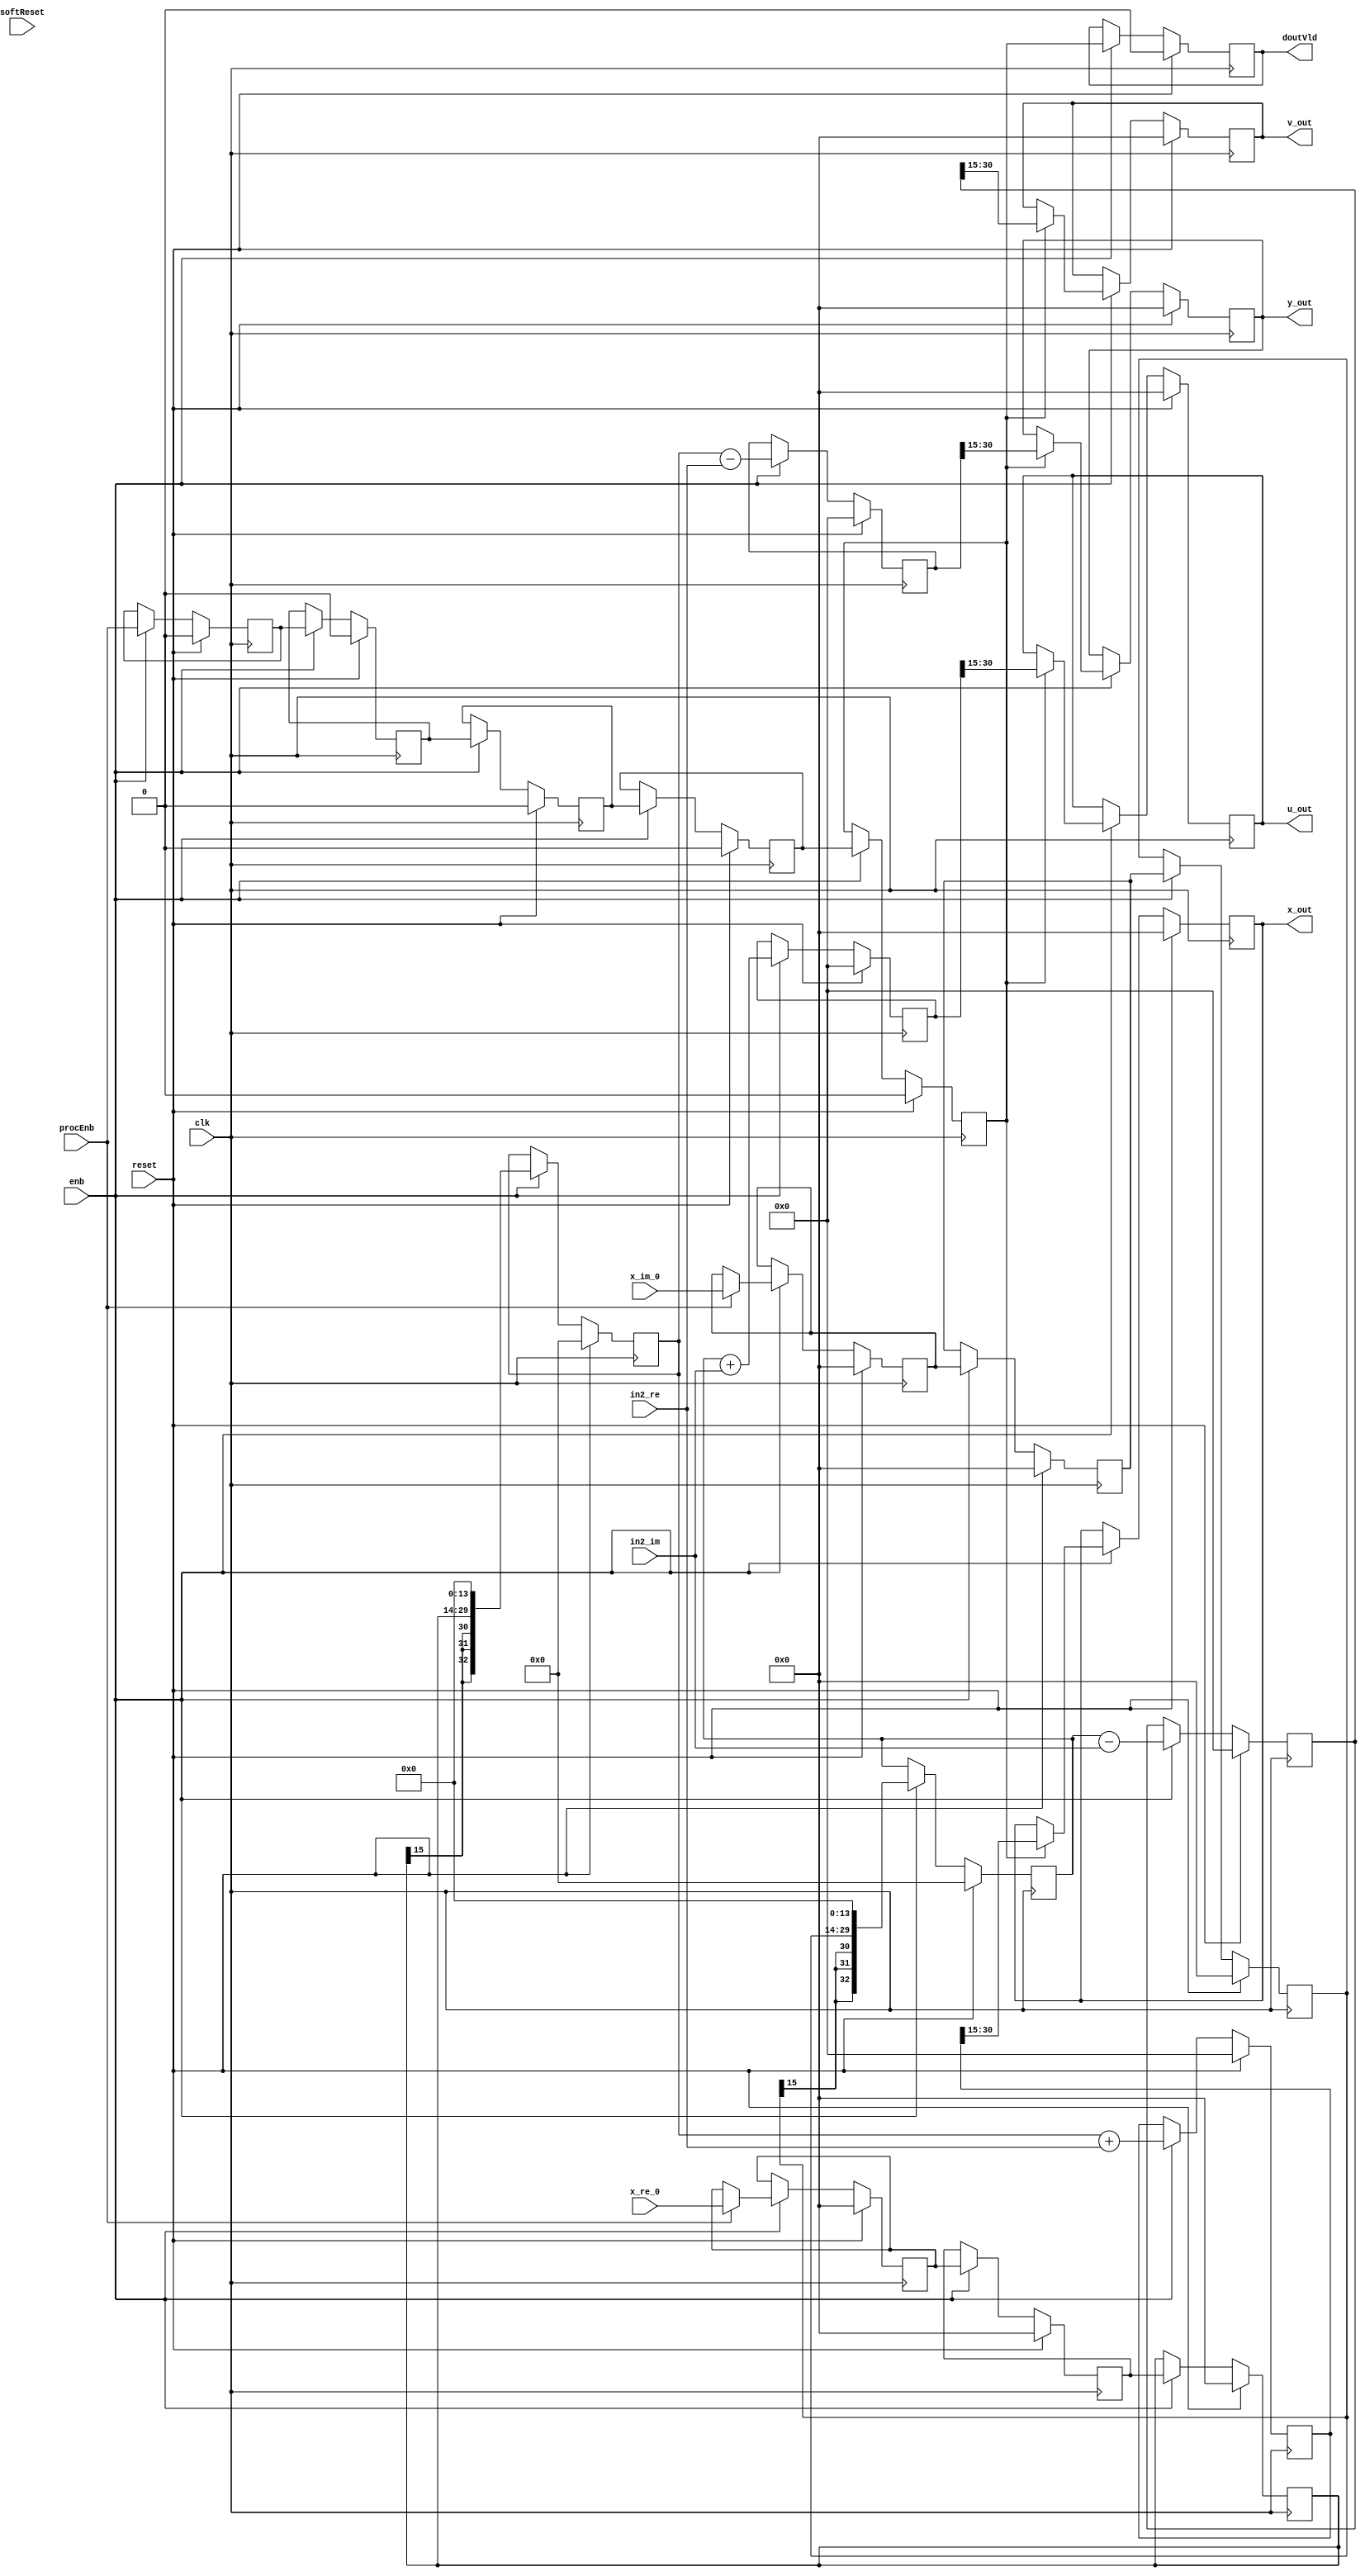
// -------------------------------------------------------------
// 
// 
// Generated by MATLAB 8.5 and HDL Coder 3.6
// 
// -------------------------------------------------------------


// -------------------------------------------------------------
// 
// Module: Radix2ButterlyF_block1
// Source Path: fft_st/fft_st/FFT HDL Optimized/RADIX2FFT_KernelF_3/Radix2ButterlyF
// Hierarchy Level: 3
// 
// -------------------------------------------------------------

`timescale 1 ns / 1 ns

module Radix2ButterlyF_block1
          (
           clk,
           reset,
           enb,
           x_re_0,
           in2_re,
           x_im_0,
           in2_im,
           procEnb,
           softReset,
           x_out,
           u_out,
           y_out,
           v_out,
           doutVld
          );


  input   clk;
  input   reset;
  input   enb;
  input   signed [15:0] x_re_0;  // sfix16
  input   signed [32:0] in2_re;  // sfix33_En14
  input   signed [15:0] x_im_0;  // sfix16
  input   signed [32:0] in2_im;  // sfix33_En14
  input   procEnb;
  input   softReset;
  output  signed [15:0] x_out;  // sfix16
  output  signed [15:0] u_out;  // sfix16
  output  signed [15:0] y_out;  // sfix16
  output  signed [15:0] v_out;  // sfix16
  output  doutVld;


  reg signed [32:0] Radix2ButterflyF_din1_re_reg1;  // sfix33
  reg signed [32:0] Radix2ButterflyF_din1_im_reg1;  // sfix33
  reg signed [15:0] Radix2ButterflyF_dout1_re_reg;  // sfix16
  reg signed [15:0] Radix2ButterflyF_dout2_re_reg;  // sfix16
  reg signed [15:0] Radix2ButterflyF_dout1_im_reg;  // sfix16
  reg signed [15:0] Radix2ButterflyF_dout2_im_reg;  // sfix16
  reg  Radix2ButterflyF_dinVld_reg1;
  reg  Radix2ButterflyF_dinVld_reg2;
  reg  Radix2ButterflyF_dinVld_reg3;
  reg signed [33:0] Radix2ButterflyF_sum1_re_reg;  // sfix34
  reg signed [33:0] Radix2ButterflyF_sum2_re_reg;  // sfix34
  reg signed [33:0] Radix2ButterflyF_sum1_im_reg;  // sfix34
  reg signed [33:0] Radix2ButterflyF_sum2_im_reg;  // sfix34
  reg signed [15:0] Radix2ButterflyF_din1_re_pipe1;  // sfix16
  reg signed [15:0] Radix2ButterflyF_din1_im_pipe1;  // sfix16
  reg signed [15:0] Radix2ButterflyF_din1_re_pipe2;  // sfix16
  reg signed [15:0] Radix2ButterflyF_din1_im_pipe2;  // sfix16
  reg signed [15:0] Radix2ButterflyF_din1_re_pipe3;  // sfix16
  reg signed [15:0] Radix2ButterflyF_din1_im_pipe3;  // sfix16
  reg  Radix2ButterflyF_dinVld_pipe1;
  reg  Radix2ButterflyF_dinVld_pipe2;
  reg  Radix2ButterflyF_dinVld_pipe3;
  reg signed [32:0] Radix2ButterflyF_din1_re_reg1_next;  // sfix33_En14
  reg signed [32:0] Radix2ButterflyF_din1_im_reg1_next;  // sfix33_En14
  reg signed [15:0] Radix2ButterflyF_dout1_re_reg_next;  // sfix16
  reg signed [15:0] Radix2ButterflyF_dout2_re_reg_next;  // sfix16
  reg signed [15:0] Radix2ButterflyF_dout1_im_reg_next;  // sfix16
  reg signed [15:0] Radix2ButterflyF_dout2_im_reg_next;  // sfix16
  reg  Radix2ButterflyF_dinVld_reg1_next;
  reg  Radix2ButterflyF_dinVld_reg2_next;
  reg  Radix2ButterflyF_dinVld_reg3_next;
  reg signed [33:0] Radix2ButterflyF_sum1_re_reg_next;  // sfix34_En14
  reg signed [33:0] Radix2ButterflyF_sum2_re_reg_next;  // sfix34_En14
  reg signed [33:0] Radix2ButterflyF_sum1_im_reg_next;  // sfix34_En14
  reg signed [33:0] Radix2ButterflyF_sum2_im_reg_next;  // sfix34_En14
  reg signed [15:0] Radix2ButterflyF_din1_re_pipe1_next;  // sfix16
  reg signed [15:0] Radix2ButterflyF_din1_im_pipe1_next;  // sfix16
  reg signed [15:0] Radix2ButterflyF_din1_re_pipe2_next;  // sfix16
  reg signed [15:0] Radix2ButterflyF_din1_im_pipe2_next;  // sfix16
  reg signed [15:0] Radix2ButterflyF_din1_re_pipe3_next;  // sfix16
  reg signed [15:0] Radix2ButterflyF_din1_im_pipe3_next;  // sfix16
  reg  Radix2ButterflyF_dinVld_pipe1_next;
  reg  Radix2ButterflyF_dinVld_pipe2_next;
  reg  Radix2ButterflyF_dinVld_pipe3_next;
  reg signed [15:0] x_out_1;  // sfix16
  reg signed [15:0] y_out_1;  // sfix16
  reg signed [15:0] u_out_1;  // sfix16
  reg signed [15:0] v_out_1;  // sfix16
  reg  doutVld_1;
  reg signed [33:0] Radix2ButterflyF_sra_temp;  // sfix34_En14
  reg signed [33:0] Radix2ButterflyF_add_cast;  // sfix34_En14
  reg signed [33:0] Radix2ButterflyF_add_cast_0;  // sfix34_En14
  reg signed [33:0] Radix2ButterflyF_sra_temp_0;  // sfix34_En14
  reg signed [33:0] Radix2ButterflyF_sub_cast;  // sfix34_En14
  reg signed [33:0] Radix2ButterflyF_sub_cast_0;  // sfix34_En14
  reg signed [33:0] Radix2ButterflyF_sra_temp_1;  // sfix34_En14
  reg signed [33:0] Radix2ButterflyF_add_cast_1;  // sfix34_En14
  reg signed [33:0] Radix2ButterflyF_add_cast_2;  // sfix34_En14
  reg signed [33:0] Radix2ButterflyF_sra_temp_2;  // sfix34_En14
  reg signed [33:0] Radix2ButterflyF_sub_cast_1;  // sfix34_En14
  reg signed [33:0] Radix2ButterflyF_sub_cast_2;  // sfix34_En14


  // Radix2ButterflyF
  always @(posedge clk)
    begin : Radix2ButterflyF_process
      if (reset == 1'b1) begin
        Radix2ButterflyF_dout1_re_reg <= 16'sb0000000000000000;
        Radix2ButterflyF_dout2_re_reg <= 16'sb0000000000000000;
        Radix2ButterflyF_dout1_im_reg <= 16'sb0000000000000000;
        Radix2ButterflyF_dout2_im_reg <= 16'sb0000000000000000;
        Radix2ButterflyF_sum1_re_reg <= 34'sh000000000;
        Radix2ButterflyF_sum2_re_reg <= 34'sh000000000;
        Radix2ButterflyF_sum1_im_reg <= 34'sh000000000;
        Radix2ButterflyF_sum2_im_reg <= 34'sh000000000;
        Radix2ButterflyF_din1_re_reg1 <= 33'sh000000000;
        Radix2ButterflyF_din1_im_reg1 <= 33'sh000000000;
        Radix2ButterflyF_din1_re_pipe1 <= 16'sb0000000000000000;
        Radix2ButterflyF_din1_im_pipe1 <= 16'sb0000000000000000;
        Radix2ButterflyF_din1_re_pipe2 <= 16'sb0000000000000000;
        Radix2ButterflyF_din1_im_pipe2 <= 16'sb0000000000000000;
        Radix2ButterflyF_din1_re_pipe3 <= 16'sb0000000000000000;
        Radix2ButterflyF_din1_im_pipe3 <= 16'sb0000000000000000;
        Radix2ButterflyF_dinVld_reg3 <= 1'b0;
        Radix2ButterflyF_dinVld_reg2 <= 1'b0;
        Radix2ButterflyF_dinVld_reg1 <= 1'b0;
        Radix2ButterflyF_dinVld_pipe1 <= 1'b0;
        Radix2ButterflyF_dinVld_pipe2 <= 1'b0;
        Radix2ButterflyF_dinVld_pipe3 <= 1'b0;
      end
      else begin
        if (enb) begin
          Radix2ButterflyF_din1_re_reg1 <= Radix2ButterflyF_din1_re_reg1_next;
          Radix2ButterflyF_din1_im_reg1 <= Radix2ButterflyF_din1_im_reg1_next;
          Radix2ButterflyF_dout1_re_reg <= Radix2ButterflyF_dout1_re_reg_next;
          Radix2ButterflyF_dout2_re_reg <= Radix2ButterflyF_dout2_re_reg_next;
          Radix2ButterflyF_dout1_im_reg <= Radix2ButterflyF_dout1_im_reg_next;
          Radix2ButterflyF_dout2_im_reg <= Radix2ButterflyF_dout2_im_reg_next;
          Radix2ButterflyF_dinVld_reg1 <= Radix2ButterflyF_dinVld_reg1_next;
          Radix2ButterflyF_dinVld_reg2 <= Radix2ButterflyF_dinVld_reg2_next;
          Radix2ButterflyF_dinVld_reg3 <= Radix2ButterflyF_dinVld_reg3_next;
          Radix2ButterflyF_sum1_re_reg <= Radix2ButterflyF_sum1_re_reg_next;
          Radix2ButterflyF_sum2_re_reg <= Radix2ButterflyF_sum2_re_reg_next;
          Radix2ButterflyF_sum1_im_reg <= Radix2ButterflyF_sum1_im_reg_next;
          Radix2ButterflyF_sum2_im_reg <= Radix2ButterflyF_sum2_im_reg_next;
          Radix2ButterflyF_din1_re_pipe1 <= Radix2ButterflyF_din1_re_pipe1_next;
          Radix2ButterflyF_din1_im_pipe1 <= Radix2ButterflyF_din1_im_pipe1_next;
          Radix2ButterflyF_din1_re_pipe2 <= Radix2ButterflyF_din1_re_pipe2_next;
          Radix2ButterflyF_din1_im_pipe2 <= Radix2ButterflyF_din1_im_pipe2_next;
          Radix2ButterflyF_din1_re_pipe3 <= Radix2ButterflyF_din1_re_pipe3_next;
          Radix2ButterflyF_din1_im_pipe3 <= Radix2ButterflyF_din1_im_pipe3_next;
          Radix2ButterflyF_dinVld_pipe1 <= Radix2ButterflyF_dinVld_pipe1_next;
          Radix2ButterflyF_dinVld_pipe2 <= Radix2ButterflyF_dinVld_pipe2_next;
          Radix2ButterflyF_dinVld_pipe3 <= Radix2ButterflyF_dinVld_pipe3_next;
        end
      end
    end

  always @(Radix2ButterflyF_din1_re_reg1, Radix2ButterflyF_din1_im_reg1,
       Radix2ButterflyF_dout1_re_reg, Radix2ButterflyF_dout2_re_reg,
       Radix2ButterflyF_dout1_im_reg, Radix2ButterflyF_dout2_im_reg,
       Radix2ButterflyF_dinVld_reg1, Radix2ButterflyF_dinVld_reg2,
       Radix2ButterflyF_dinVld_reg3, Radix2ButterflyF_sum1_re_reg,
       Radix2ButterflyF_sum2_re_reg, Radix2ButterflyF_sum1_im_reg,
       Radix2ButterflyF_sum2_im_reg, Radix2ButterflyF_din1_re_pipe1,
       Radix2ButterflyF_din1_im_pipe1, Radix2ButterflyF_din1_re_pipe2,
       Radix2ButterflyF_din1_im_pipe2, Radix2ButterflyF_din1_re_pipe3,
       Radix2ButterflyF_din1_im_pipe3, Radix2ButterflyF_dinVld_pipe1,
       Radix2ButterflyF_dinVld_pipe2, Radix2ButterflyF_dinVld_pipe3, x_re_0,
       in2_re, x_im_0, in2_im, procEnb) begin
    Radix2ButterflyF_dout1_re_reg_next = Radix2ButterflyF_dout1_re_reg;
    Radix2ButterflyF_dout2_re_reg_next = Radix2ButterflyF_dout2_re_reg;
    Radix2ButterflyF_dout1_im_reg_next = Radix2ButterflyF_dout1_im_reg;
    Radix2ButterflyF_dout2_im_reg_next = Radix2ButterflyF_dout2_im_reg;
    Radix2ButterflyF_din1_re_pipe1_next = Radix2ButterflyF_din1_re_pipe1;
    Radix2ButterflyF_din1_im_pipe1_next = Radix2ButterflyF_din1_im_pipe1;
    if (Radix2ButterflyF_dinVld_reg2) begin
      Radix2ButterflyF_sra_temp = Radix2ButterflyF_sum1_re_reg >>> 8'd1;
      Radix2ButterflyF_dout1_re_reg_next = Radix2ButterflyF_sra_temp[29:14];
      Radix2ButterflyF_sra_temp_0 = Radix2ButterflyF_sum2_re_reg >>> 8'd1;
      Radix2ButterflyF_dout2_re_reg_next = Radix2ButterflyF_sra_temp_0[29:14];
      Radix2ButterflyF_sra_temp_1 = Radix2ButterflyF_sum1_im_reg >>> 8'd1;
      Radix2ButterflyF_dout1_im_reg_next = Radix2ButterflyF_sra_temp_1[29:14];
      Radix2ButterflyF_sra_temp_2 = Radix2ButterflyF_sum2_im_reg >>> 8'd1;
      Radix2ButterflyF_dout2_im_reg_next = Radix2ButterflyF_sra_temp_2[29:14];
    end
    Radix2ButterflyF_add_cast = {Radix2ButterflyF_din1_re_reg1[32], Radix2ButterflyF_din1_re_reg1};
    Radix2ButterflyF_add_cast_0 = {in2_re[32], in2_re};
    Radix2ButterflyF_sum1_re_reg_next = Radix2ButterflyF_add_cast + Radix2ButterflyF_add_cast_0;
    Radix2ButterflyF_sub_cast = {Radix2ButterflyF_din1_re_reg1[32], Radix2ButterflyF_din1_re_reg1};
    Radix2ButterflyF_sub_cast_0 = {in2_re[32], in2_re};
    Radix2ButterflyF_sum2_re_reg_next = Radix2ButterflyF_sub_cast - Radix2ButterflyF_sub_cast_0;
    Radix2ButterflyF_add_cast_1 = {Radix2ButterflyF_din1_im_reg1[32], Radix2ButterflyF_din1_im_reg1};
    Radix2ButterflyF_add_cast_2 = {in2_im[32], in2_im};
    Radix2ButterflyF_sum1_im_reg_next = Radix2ButterflyF_add_cast_1 + Radix2ButterflyF_add_cast_2;
    Radix2ButterflyF_sub_cast_1 = {Radix2ButterflyF_din1_im_reg1[32], Radix2ButterflyF_din1_im_reg1};
    Radix2ButterflyF_sub_cast_2 = {in2_im[32], in2_im};
    Radix2ButterflyF_sum2_im_reg_next = Radix2ButterflyF_sub_cast_1 - Radix2ButterflyF_sub_cast_2;
    Radix2ButterflyF_din1_re_reg1_next = {{3{Radix2ButterflyF_din1_re_pipe3[15]}}, {Radix2ButterflyF_din1_re_pipe3, 14'b00000000000000}};
    Radix2ButterflyF_din1_im_reg1_next = {{3{Radix2ButterflyF_din1_im_pipe3[15]}}, {Radix2ButterflyF_din1_im_pipe3, 14'b00000000000000}};
    Radix2ButterflyF_dinVld_reg3_next = Radix2ButterflyF_dinVld_reg2;
    Radix2ButterflyF_dinVld_reg2_next = Radix2ButterflyF_dinVld_reg1;
    Radix2ButterflyF_dinVld_reg1_next = Radix2ButterflyF_dinVld_pipe3;
    Radix2ButterflyF_dinVld_pipe3_next = Radix2ButterflyF_dinVld_pipe2;
    Radix2ButterflyF_dinVld_pipe2_next = Radix2ButterflyF_dinVld_pipe1;
    Radix2ButterflyF_dinVld_pipe1_next = procEnb;
    Radix2ButterflyF_din1_re_pipe3_next = Radix2ButterflyF_din1_re_pipe2;
    Radix2ButterflyF_din1_im_pipe3_next = Radix2ButterflyF_din1_im_pipe2;
    Radix2ButterflyF_din1_re_pipe2_next = Radix2ButterflyF_din1_re_pipe1;
    Radix2ButterflyF_din1_im_pipe2_next = Radix2ButterflyF_din1_im_pipe1;
    if (procEnb) begin
      Radix2ButterflyF_din1_re_pipe1_next = x_re_0;
      Radix2ButterflyF_din1_im_pipe1_next = x_im_0;
    end
    x_out_1 = Radix2ButterflyF_dout1_re_reg;
    y_out_1 = Radix2ButterflyF_dout2_re_reg;
    u_out_1 = Radix2ButterflyF_dout1_im_reg;
    v_out_1 = Radix2ButterflyF_dout2_im_reg;
    doutVld_1 = Radix2ButterflyF_dinVld_reg3;
  end



  assign x_out = x_out_1;

  assign u_out = u_out_1;

  assign y_out = y_out_1;

  assign v_out = v_out_1;

  assign doutVld = doutVld_1;

endmodule  // Radix2ButterlyF_block1